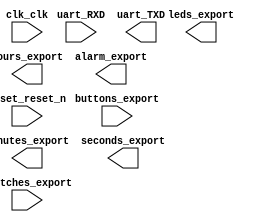

module alarm (
	buttons_export,
	clk_clk,
	hours_export,
	leds_export,
	minutes_export,
	reset_reset_n,
	seconds_export,
	switches_export,
	uart_RXD,
	uart_TXD,
	alarm_export);	

	input	[3:0]	buttons_export;
	input		clk_clk;
	output	[15:0]	hours_export;
	output	[9:0]	leds_export;
	output	[15:0]	minutes_export;
	input		reset_reset_n;
	output	[15:0]	seconds_export;
	input	[1:0]	switches_export;
	input		uart_RXD;
	output		uart_TXD;
	output		alarm_export;
endmodule